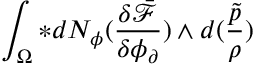
\int _ { \Omega } \ast d N _ { \phi } ( \frac { \delta \bar { \mathcal { F } } } { \delta \phi _ { \partial } } ) \wedge d ( \frac { \tilde { p } } { \rho } )